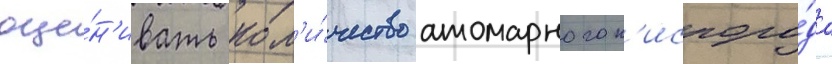
оце́н'ивать кол'и́чество атомарного к'ислоро́да